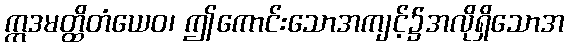
ဣဒမတ္ထိတံယေဝ၊ ဤကောင်းသောအကျင့်၌အလိုရှိသောအ